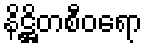
နိဋ္ဌိတစီဝရော